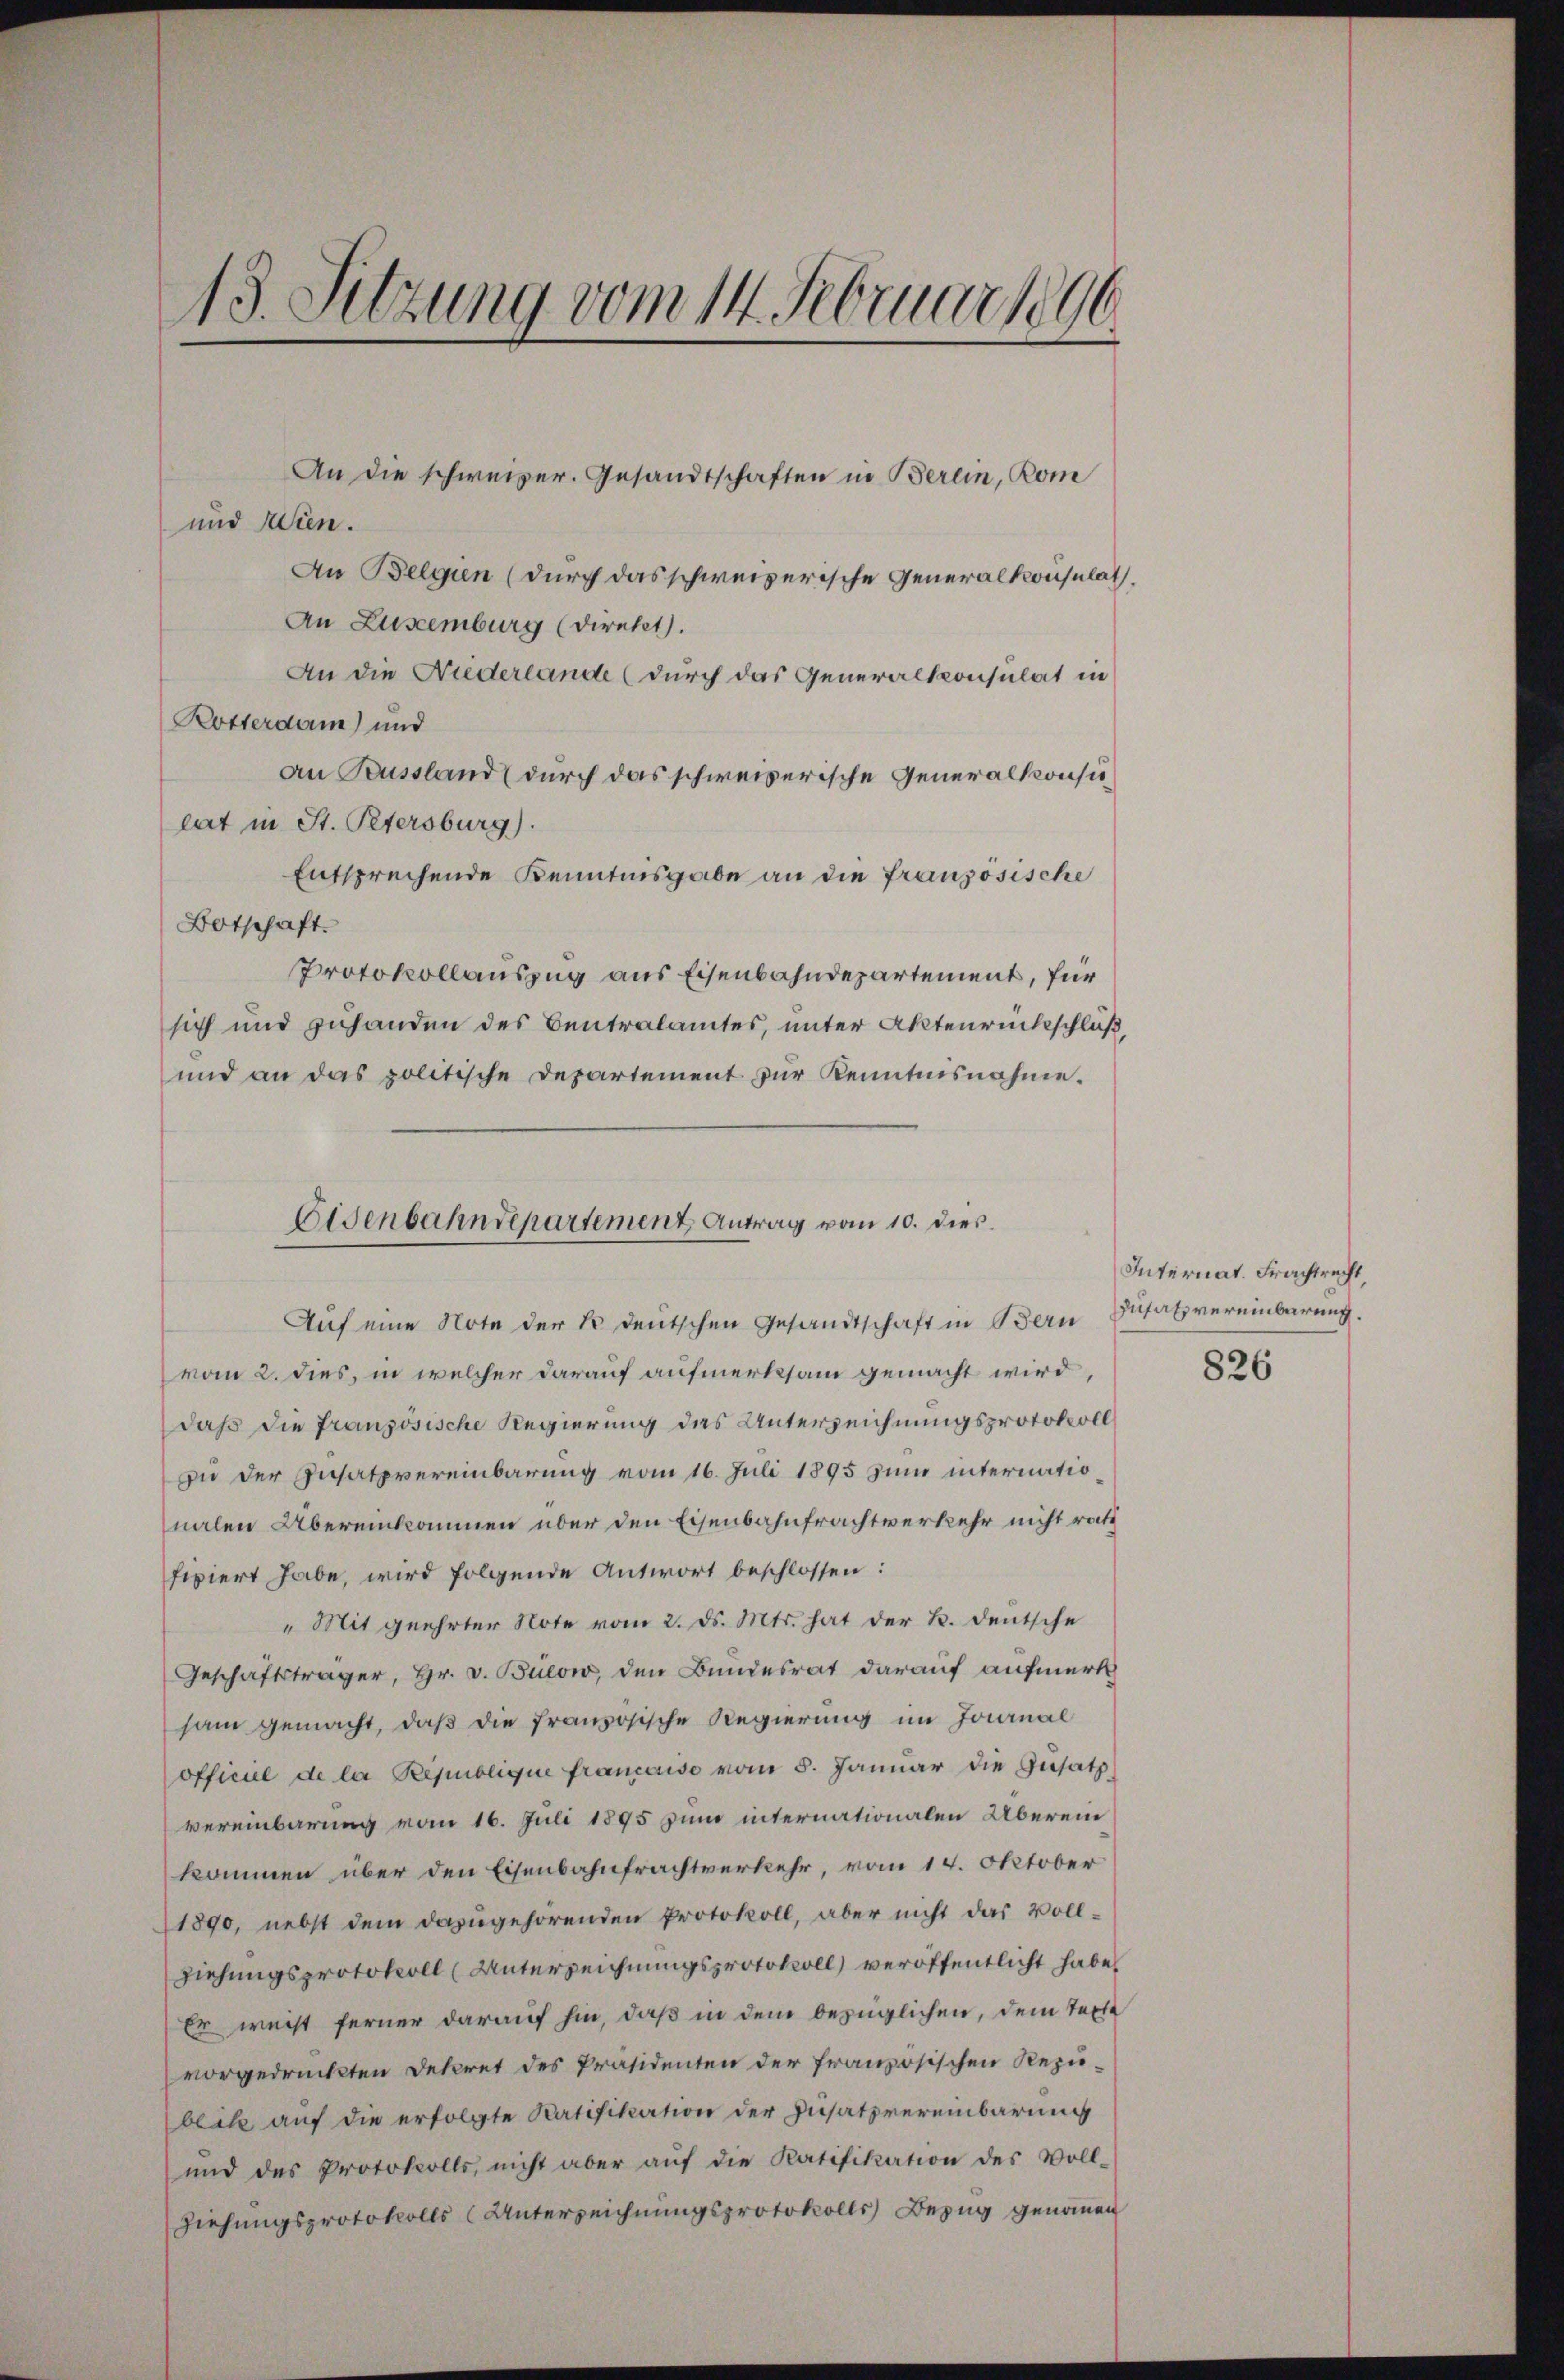
13. Sitzung vom 14. Februar 1890

An die schweizer. Gesandtschaften in Berein, Kom
und Wien.
An Belgien (durch das schweizerische Generalkonsulat.
An Zuseemburg (Direkt.
An die Niederlande (durch das Generalkonsulat in
Kosterdam) und
an Russland (durch das schweizerische Generalkonsu
lat in St. Petersburg).
Entsprechende Kenntnisgabe an die französische
Botschaft.
Protokollauszug aus Eisenbahndepartement, für
sich und zuhanden des Centralamtes, unter Aktenrückschluß,
und an das politische Departement zur Kenntnisnahme.
Auf eine Note der Er deutschen Gesandtschaft in Bern Zusatz vereinbarung.
vom 2. dies, in welcher darauf aufmerksam gemacht wird,
daß die französische Regierung das Unterzeichnungsprotokoll
zu der Zusatzvereinbarung vom 16. Juli 1895 zum internatio
nalen Übereinkommen über den Eisenbahnfrachtverkehr nicht ratt
fixiert habe, wird folgende Antwort beschlossen:
" Mit geehrter Note vom 2. ds. Mts. hat der B. deutsche
Geschäftsträger, Hr. v. Bulow, den Bundesrat darauf aufmerk
sam gemacht, daß die französische Regierung im Joanal
officiel de la République francoise vom 5. Januar die Zusatz
vereinbarung vom 16. Juli 1895 zum internationalen Überein
kommen über den Eisenbahnfrachtverkehr, vom 14. Oktober
1890, nebst dem dazugehörenden Protokoll, aber nicht das vollziehungsprotokoll (Unterzeichnungsprotokoll) veröffentlicht habe,
Er weist ferner darauf hin, daß in dem bezüglichen, dem Texte
vorgedrückten Dekret des Präsidenten der französischen Rezublik auf die erfolgte Ratifikation der Zusatzvereinbarung
und des Protokolls, nicht aber aŭf die Ratifikation des Voll-
Ziehungsprotokolls (Unterzeichnungsprotokolls Bezug genommen

Eisenbahndepartement Antrag vom 10. dies.

Internat. Frachtrecht,
826